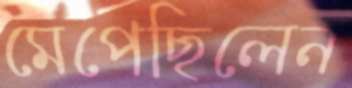
মেপেছিলেন